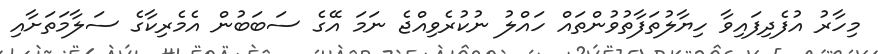
މިހާރު އުފެދިފައިވާ ހިޔާލުތަފާތުވުންތައް ހައްލު ނުކުރެވިއްޖެ ނަމަ އޭގެ ސަބަބުން އެމެރިކާގެ ސަލާމަތަށާއި